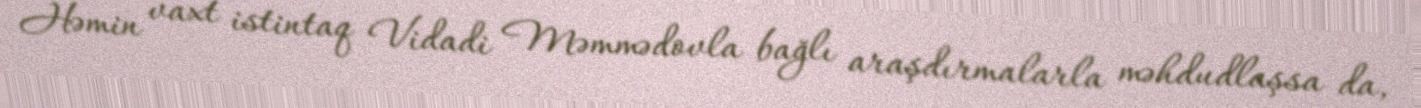
Həmin vaxt istintaq Vidadi Məmmədovla bağlı araşdırmalarla məhdudlaşsa da,